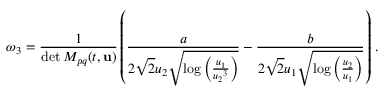
\omega _ { 3 } = \frac { 1 } { \operatorname* { d e t } M _ { p q } ( t , { \mathbf { u } } ) } \left( \frac { a } { 2 \sqrt { 2 } { u _ { 2 } } \sqrt { \log \left( \frac { { u _ { 1 } } } { { u _ { 2 } } ^ { 3 } } \right) } } - \frac { b } { 2 \sqrt { 2 } { u _ { 1 } } \sqrt { \log \left( \frac { { u _ { 2 } } } { { u _ { 1 } } } \right) } } \right) \, .